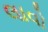
લાવો